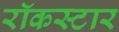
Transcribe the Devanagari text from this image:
रॉकस्‍टार